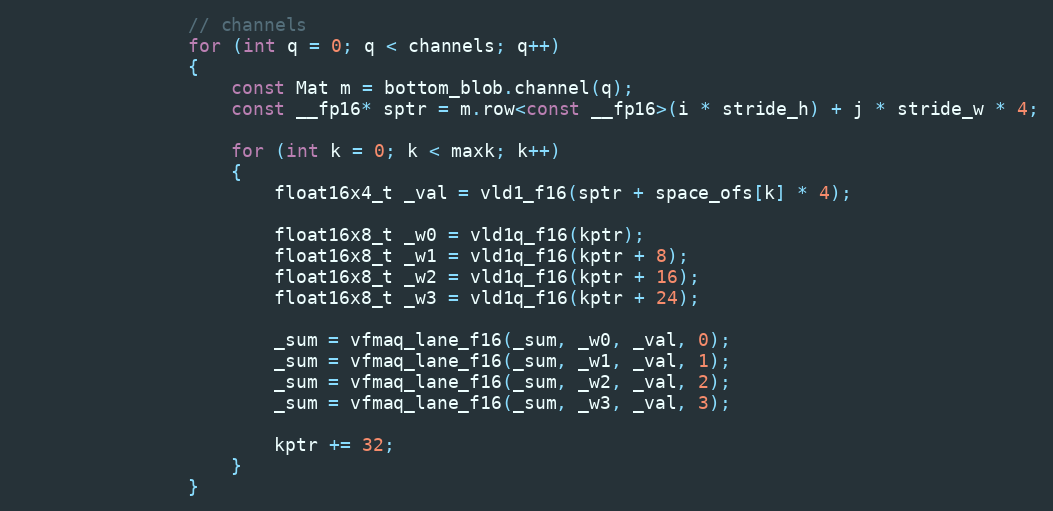
Language: C
                // channels
                for (int q = 0; q < channels; q++)
                {
                    const Mat m = bottom_blob.channel(q);
                    const __fp16* sptr = m.row<const __fp16>(i * stride_h) + j * stride_w * 4;

                    for (int k = 0; k < maxk; k++)
                    {
                        float16x4_t _val = vld1_f16(sptr + space_ofs[k] * 4);

                        float16x8_t _w0 = vld1q_f16(kptr);
                        float16x8_t _w1 = vld1q_f16(kptr + 8);
                        float16x8_t _w2 = vld1q_f16(kptr + 16);
                        float16x8_t _w3 = vld1q_f16(kptr + 24);

                        _sum = vfmaq_lane_f16(_sum, _w0, _val, 0);
                        _sum = vfmaq_lane_f16(_sum, _w1, _val, 1);
                        _sum = vfmaq_lane_f16(_sum, _w2, _val, 2);
                        _sum = vfmaq_lane_f16(_sum, _w3, _val, 3);

                        kptr += 32;
                    }
                }